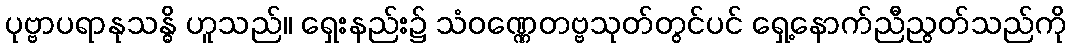
ပုဗ္ဗာပရာနုသန္ဓိ ဟူသည်။ ရှေးနည်း၌ သံဝဏ္ဏေတဗ္ဗသုတ်တွင်ပင် ရှေ့နောက်ညီညွတ်သည်ကို